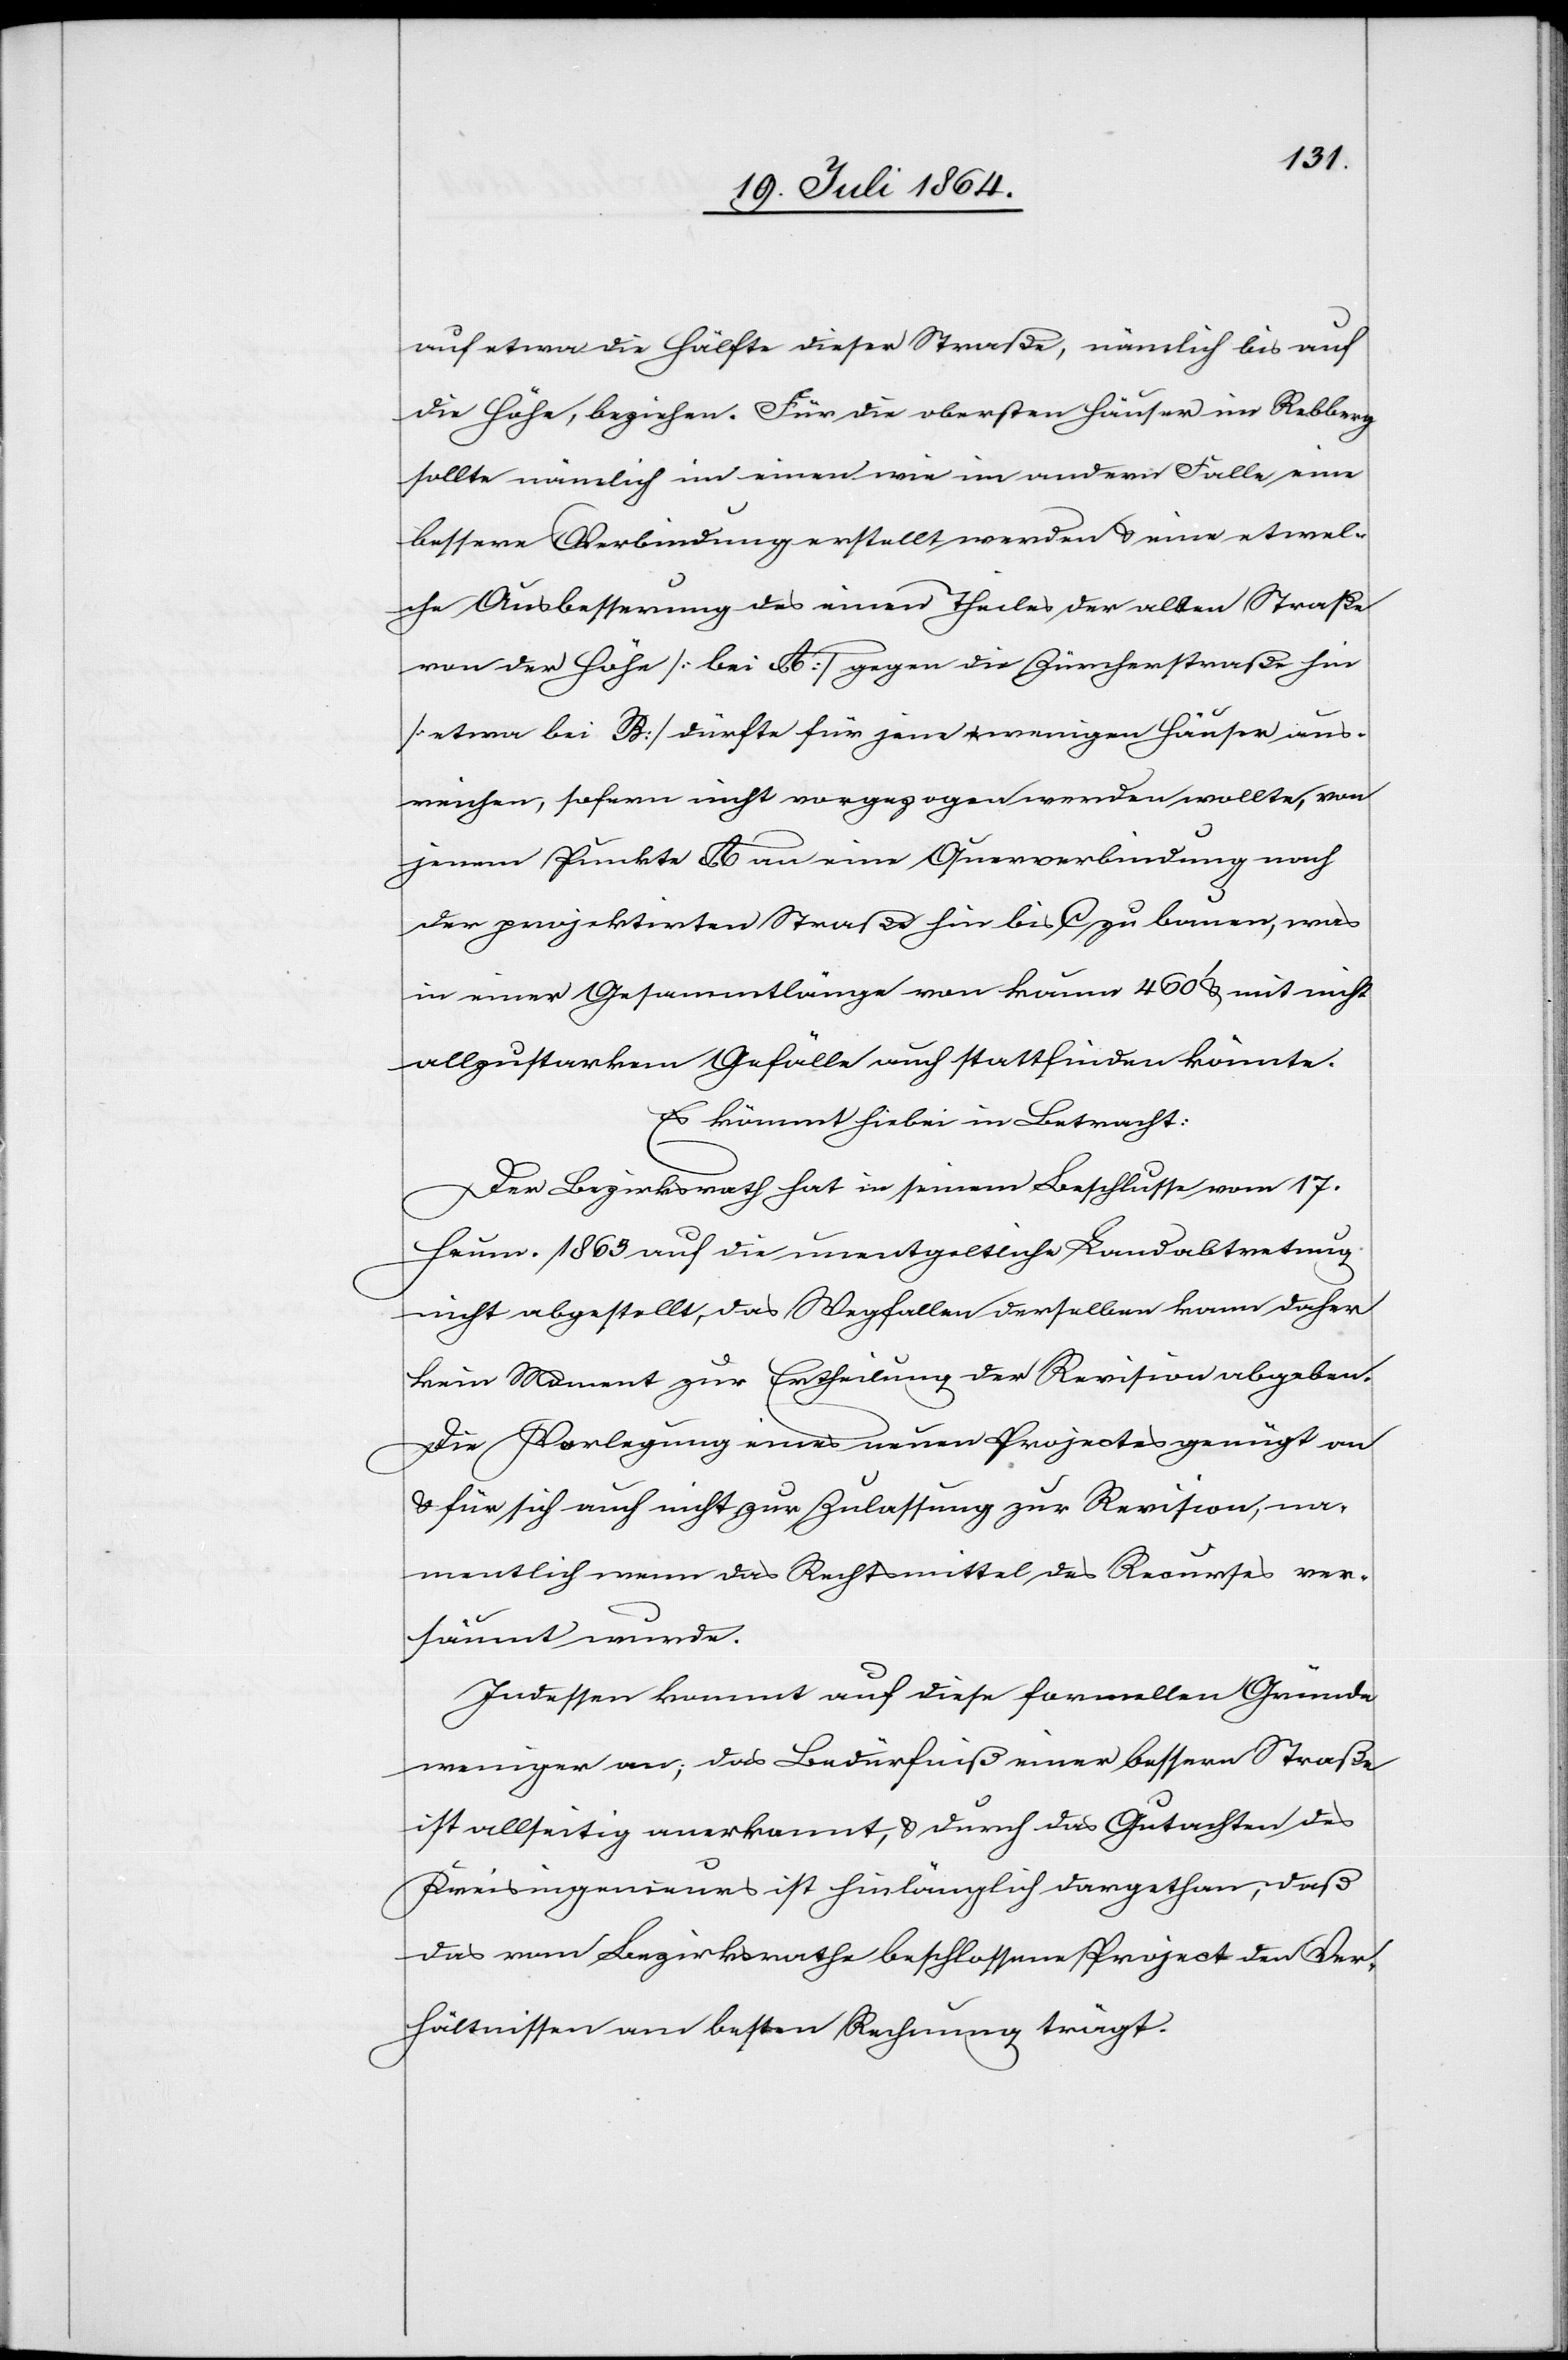
auf etwa die Hälfte dieser Straße, nämlich bis auf
die Höhe, beziehen. Für die obersten Häuser im Rebberg
sollte nämlich im einen wie im andern Falle eine
bessere Verbindung erstellt werden u. eine etwel¬
che Ausbesserung des einen Theiles der alten Straße
von der Höhe [bei A] gegen die Zürcherstraße hin
[etwa bei B] dürfte für jene wenigen Häuser aus¬
reichen, sofern nicht vorgezogen werden wollte, von
jenem Punkte A an eine Querverbindung nach
der projektirten Straße hin bis C zu bauen, was
in einer Gesammtlänge von kaum 460’ u. mit nicht
allzustarkem Gefälle auch stattfinden könnte.
Es kömmt hiebei in Betracht:
Der Bezirksrath hat in seinem Beschlusse vom 17.
Heum. 1863 auf die unentgeltliche Landabtretung
nicht abgestellt, das Wegfallen derselben kann daher
kein Moment zur Ertheilung der Revision abgeben.
Die Vorlegung eines neuen Projectes genügt an
u. für sich auch nicht zur Zulassung zur Revision, na¬
mentlich wenn das Rechtsmittel des Recurses ver¬
säumt wurde.
Indessen kommt auf diese formellen Gründe
weniger an; das Bedürfniß einer bessern Straße
ist allseitig anerkannt, u. durch das Gutachten des
Kreisingenieurs ist hinlänglich dargethan, daß
das vom Bezirksrathe beschlossene Project den Ver¬
hältnissen am besten Rechnung trägt.